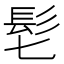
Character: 𩫷